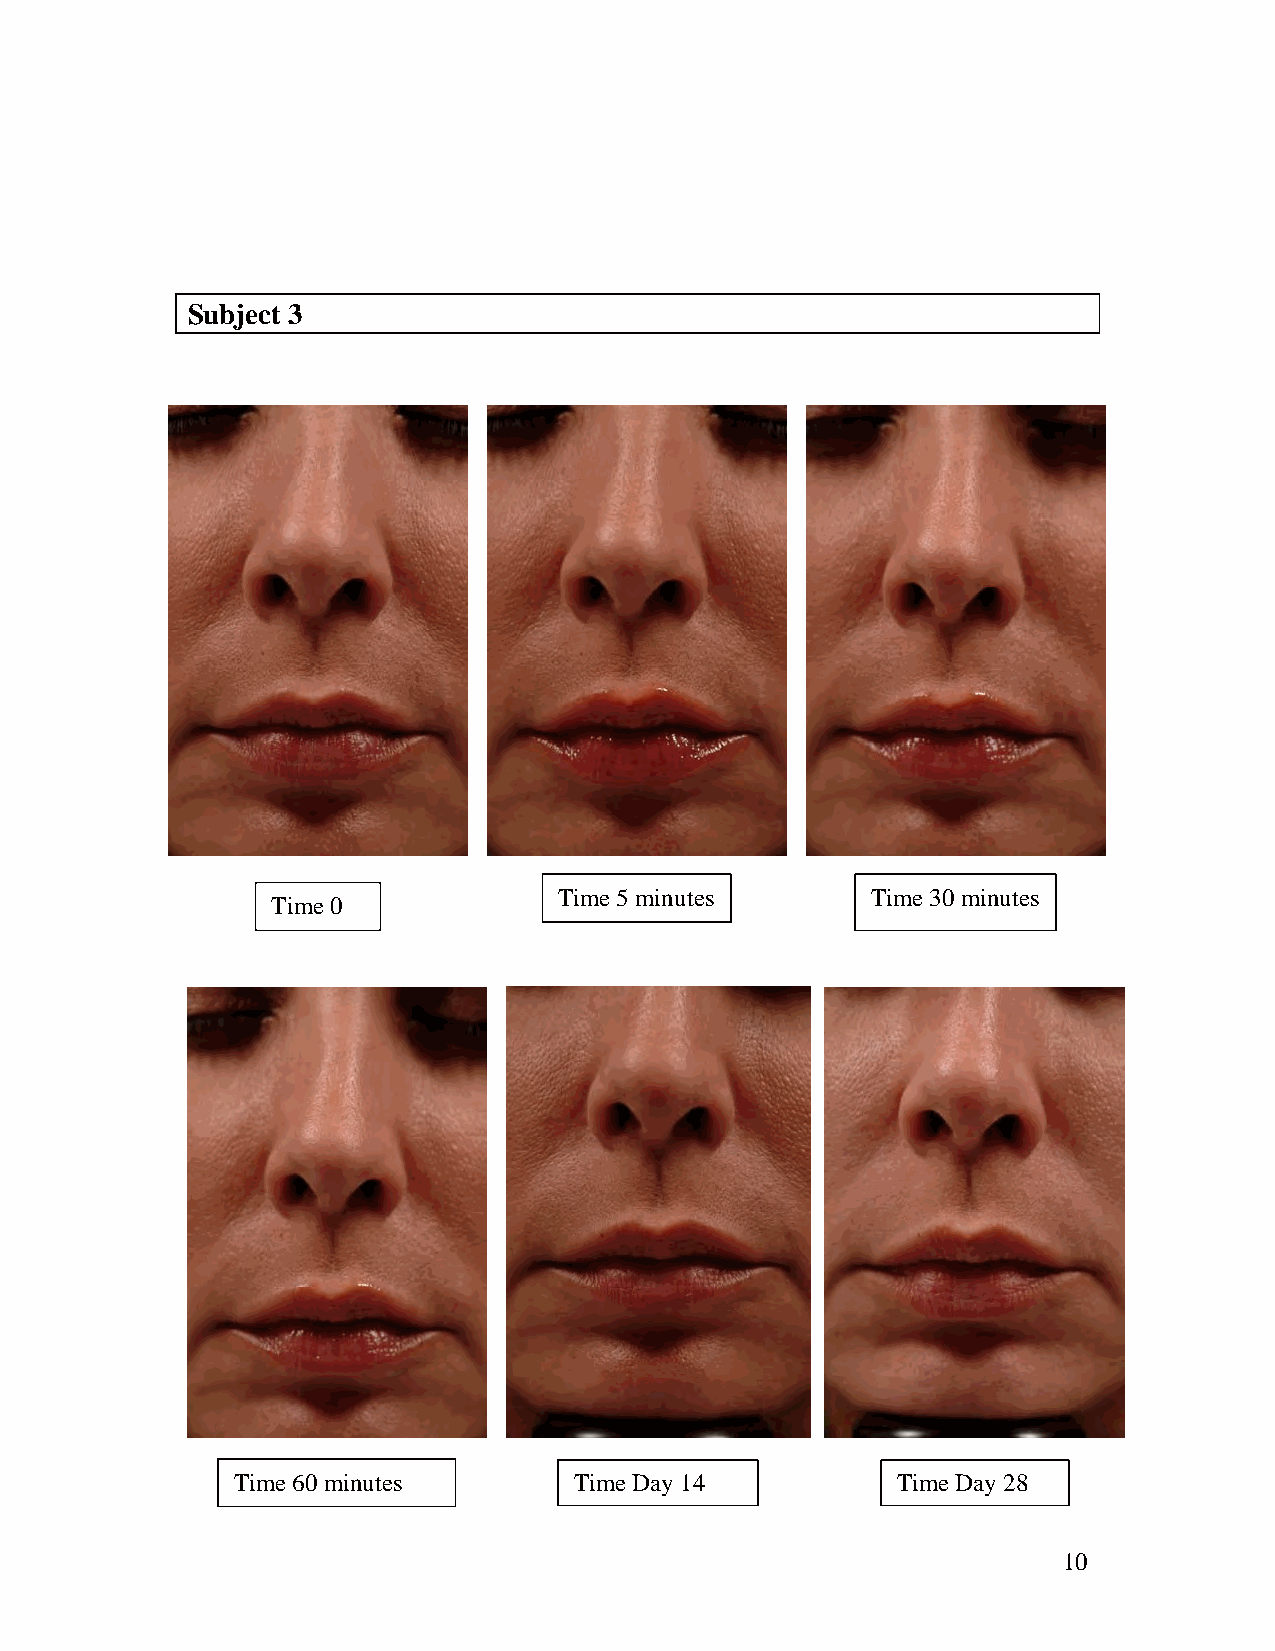
Subject 3
 Time 5 minutes       Time 30 minutes
 Time 0
 Time 60 minutes        Time Day 14          Time Day 28
 10